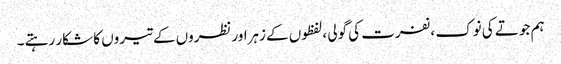
ہم جوتے کی نوک ،نفرت کی گولی ،لفظوں کے زہراورنظروں کے تیروں کا شکار رہتے ۔